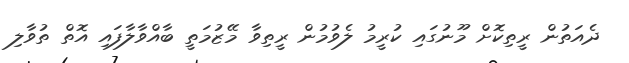
ދެއަތުން ރީތިކޮށް މޫނުގައި ކުރީމު ލެވުމުން ރީތިވާ މޭޒުމަތީ ބާއްވާލާފައި އޮތް ތުވާލި